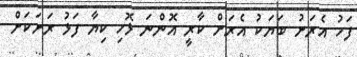
ފަހު އެރަށު ބަޔަކު އެރަށް ކާރީ އޮންނަ ޅޮހި ކިޔާ ފަޅު ރަށަކަށް